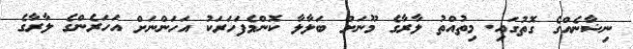
ނިޝާނެއްގެ ގޮތުގައި. މިތުއްތު ލާރާގެ މޫނަށް ބަލާލާ ކޮންމެފަހަރަކު އަހަންނަށް އަހަރެންގެ ލާރާގެ